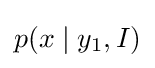
p(x\mid y_{1},I)